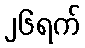
၂၆ရက်